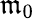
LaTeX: \mathfrak{m}_{0}